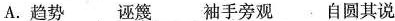
A.趋势 诬篾 袖手旁观 自圆其说